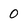
Character: 0